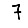
Digit: 7